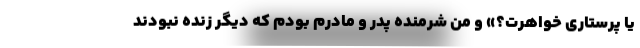
یا پرستاری خواهرت؟» و من شرمنده پدر و مادرم بودم که دیگر زنده نبودند